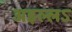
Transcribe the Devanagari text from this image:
अइल्लऽ